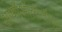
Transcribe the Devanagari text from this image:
आर्कीऑलॉजीस्ट